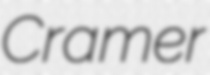
Cramer